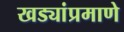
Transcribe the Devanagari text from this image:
खड्यांप्रमाणे